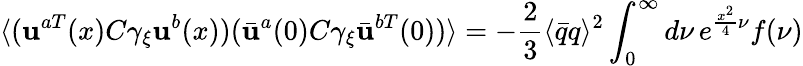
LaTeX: \langle(\mathbf{u}^{aT}(x)C\gamma_{\xi}\mathbf{u}^{b}(x))({\bar{{\mathbf{u}}}}^{a}(0)C\gamma_{\xi}{\bar{{\mathbf{u}}}}^{bT}(0))\rangle=-\frac{{2}}{{3}}\langle{\bar{{q}}}q\rangle^{2}\int_{0}^{\infty}d\nu\, e^{\frac{{x^{2}}}{{4}}\nu}f(\nu)